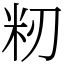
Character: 籾